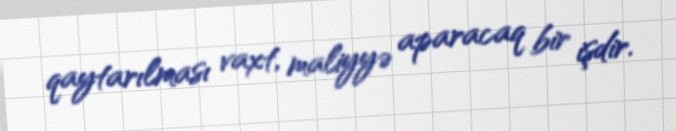
qaytarılması vaxt, maliyyə aparacaq bir işdir.